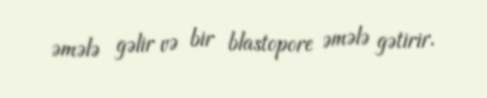
əmələ gəlir və bir blastopore əmələ gətirir.